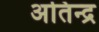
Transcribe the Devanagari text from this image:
अतिन्द्र